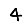
Digit: 4